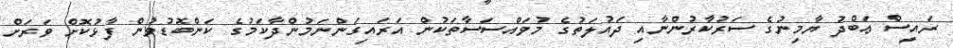
ރައީސް ޢަބްދު ޔާމިނުގެ ސަރުކާރުންނާއި ދައުލަތުގެ މުވައްސަސާތަކުން އަރައިގަންނަމުންދާކަމުގެ ކަންބޮޑުވުން ފާޅުކޮށް ވަރަށް